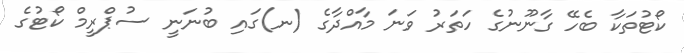
ކޯޓުތަކާ ބެހޭ ގާނޫނުގެ ހަތަރު ވަނަ މާއްދާގެ (ނ)ގައި ބުނަނީ ސުޕްރީމް ކޯޓުގެ